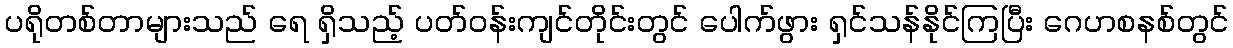
ပရိုတစ်တာများသည် ရေ ရှိသည့် ပတ်ဝန်းကျင်တိုင်းတွင် ပေါက်ဖွား ရှင်သန်နိုင်ကြပြီး ဂေဟစနစ်တွင်